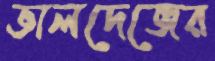
ভালদেজের